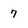
Character: 7